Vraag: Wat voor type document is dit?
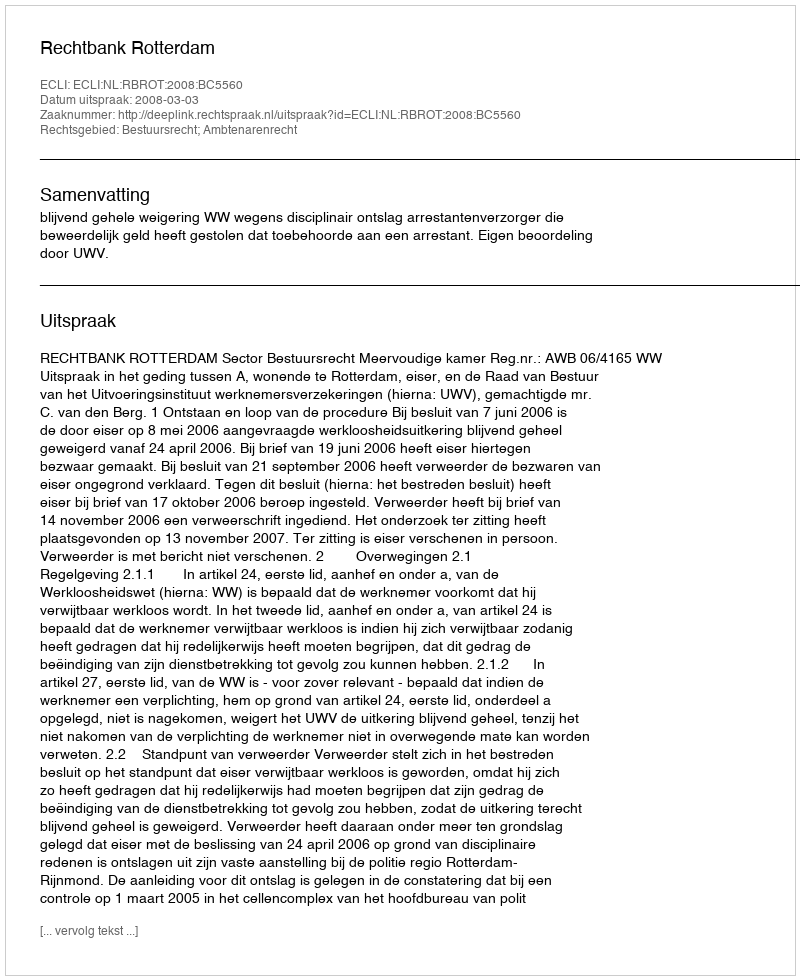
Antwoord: Uitspraak